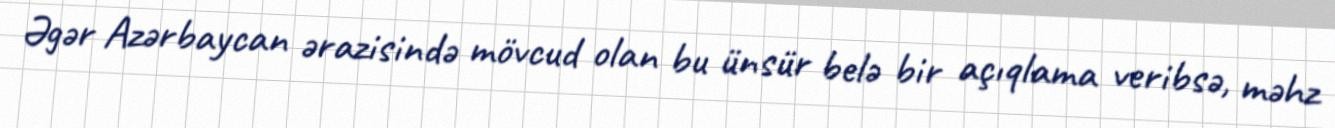
Əgər Azərbaycan ərazisində mövcud olan bu ünsür belə bir açıqlama veribsə, məhz